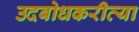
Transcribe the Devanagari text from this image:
उदबोधकरीत्या